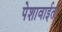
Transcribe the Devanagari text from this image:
पेशावाईत